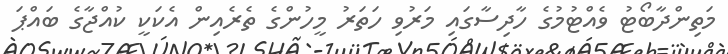
މަތިންދާބޯޓު ވެއްޓުމުގެ ހާދިސާގައި މަރުވި ހަތަރު މީހުންގެ ތެރެއިން އެކަކީ ކުއްޖާގެ ބައްޕަ